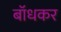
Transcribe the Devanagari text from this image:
बाॅधकर